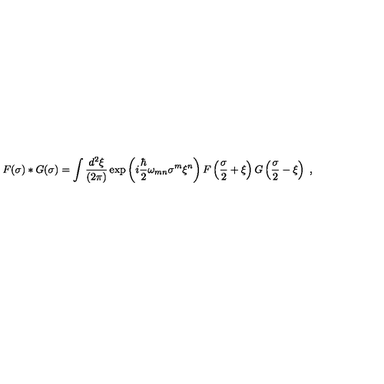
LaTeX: F ( \sigma ) \ast G ( \sigma ) = \int { \frac { d ^ { 2 } \xi } { ( 2 \pi ) } } \exp \left( i { \frac { \hbar } { 2 } } \omega _ { m n } \sigma ^ { m } \xi ^ { n } \right) F \left( { \frac { \sigma } { 2 } } + \xi \right) G \left( { \frac { \sigma } { 2 } } - \xi \right) \ ,